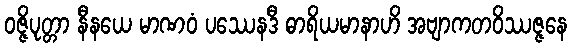
ဝဇ္ဇိပုတ္တာ နီနယေ မာဏဝံ ပဿေနဒီ ဓာရိယမာနာဟိ အဗျာကတဝိဿဇ္ဇနေ